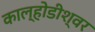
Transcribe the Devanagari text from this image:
काल्होडीश्वर